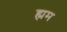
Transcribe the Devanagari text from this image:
ह्मम